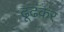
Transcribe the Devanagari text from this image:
ढूढंकर